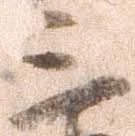
三